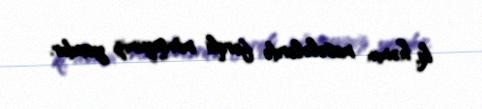
ki, həmin məsələlərdə fərqli mövqeyimiz yoxdur.